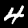
Digit: 4